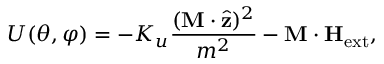
U ( \theta , \varphi ) = - K _ { u } \frac { ( \mathbf { M } \cdot \hat { \mathbf { z } } ) ^ { 2 } } { m ^ { 2 } } - \mathbf { M } \cdot \mathbf { H } _ { \mathrm { e x t } } ,